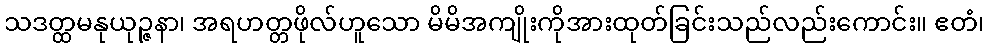
သဒတ္ထမနုယုဉ္ဇနာ၊ အရဟတ္တဖိုလ်ဟူသော မိမိအကျိုးကိုအားထုတ်ခြင်းသည်လည်းကောင်း။ ဧတံ၊